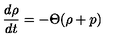
\frac { d \rho } { d t } = - \Theta ( \rho + p )